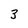
Character: 3